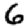
Digit: 6